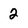
Character: 2